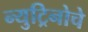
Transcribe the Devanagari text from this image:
न्युट्रिनोचे